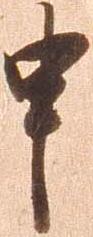
申